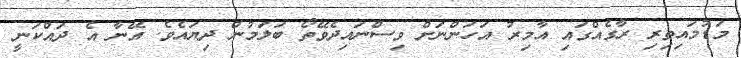
މަޑުމައިތިރި ރާގެއްގައި އާމިރު އަހަންނަށް ވިސްނައިދެވޭތޯ ބަލަމުން ދިޔައެވެ. އޭނާ އެ ދައްކަނީ